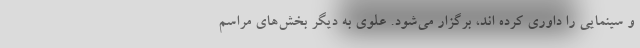
و سینمایی را داوری کرده اند، برگزار می‌شود. علوی به دیگر بخش‌های مراسم